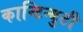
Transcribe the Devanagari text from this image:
कान्टिन्युटी